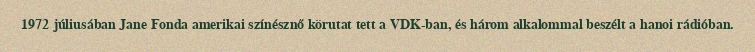
1972 júliusában Jane Fonda amerikai színésznő körutat tett a VDK-ban, és három alkalommal beszélt a hanoi rádióban.